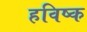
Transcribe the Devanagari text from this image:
हविष्क